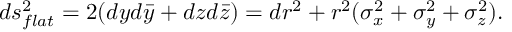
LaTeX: d s _ { f l a t } ^ { 2 } = 2 ( d y d \bar { y } + d z d \bar { z } ) = d r ^ { 2 } + r ^ { 2 } ( \sigma _ { x } ^ { 2 } + \sigma _ { y } ^ { 2 } + \sigma _ { z } ^ { 2 } ) .